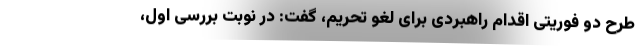
طرح دو فوریتی اقدام راهبردی برای لغو تحریم، گفت: در نوبت بررسی اول،